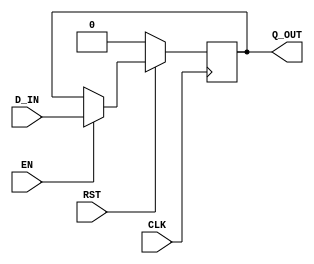

`ifdef BSV_ASSIGNMENT_DELAY
`else
  `define BSV_ASSIGNMENT_DELAY
`endif

`ifdef BSV_POSITIVE_RESET
  `define BSV_RESET_VALUE 1'b1
  `define BSV_RESET_EDGE posedge
`else
  `define BSV_RESET_VALUE 1'b0
  `define BSV_RESET_EDGE negedge
`endif


module RegN(CLK, RST, Q_OUT, D_IN, EN);

   parameter width = 1;
   parameter init  = { width {1'b0} } ;

   input     CLK;
   input     RST;
   input     EN;
   input [width - 1 : 0] D_IN;
   output [width - 1 : 0] Q_OUT;

   reg [width - 1 : 0]    Q_OUT;

   always@(posedge CLK)
     begin
        if (RST == `BSV_RESET_VALUE)
          Q_OUT <= `BSV_ASSIGNMENT_DELAY init;
        else
          begin
             if (EN)
               Q_OUT <= `BSV_ASSIGNMENT_DELAY D_IN;
          end // else: !if(RST == `BSV_RESET_VALUE)
     end

`ifdef BSV_NO_INITIAL_BLOCKS
`else // not BSV_NO_INITIAL_BLOCKS
   // synopsys translate_off
   initial begin
      Q_OUT = {((width + 1)/2){2'b10}} ;
   end
   // synopsys translate_on
`endif // BSV_NO_INITIAL_BLOCKS

endmodule